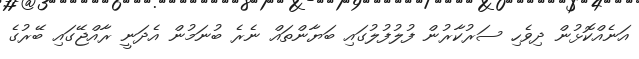
އަނެއްކޮޅުން ދިވެހި ސަރުކާރުން ފުލުފުލުގައި ބަޔާންތައް ނެރެ ބުނަމުން އެދަނީ ރާއްޖޭގައި ބޭރުގެ